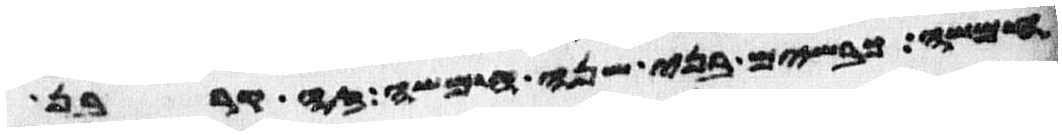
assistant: חמשה כבשים בני שנה חמשה זה קרבן